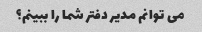
می توانم مدیر دفتر شما را ببینم؟